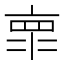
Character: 𰁞